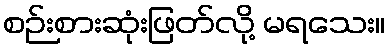
စဉ်းစားဆုံးဖြတ်လို့ မရသေး။